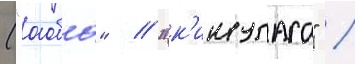
("аоба" / "к'инугаса" /